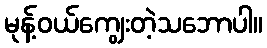
မုန့်ဝယ်ကျွေးတဲ့သဘောပါ။